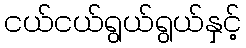
ငယ်ငယ်ရွယ်ရွယ်နှင့်